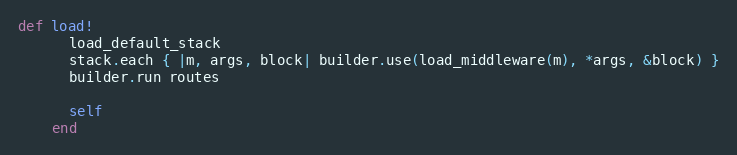
Language: Ruby
def load!
      load_default_stack
      stack.each { |m, args, block| builder.use(load_middleware(m), *args, &block) }
      builder.run routes

      self
    end